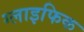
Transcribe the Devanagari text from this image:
ग्लाइफिक